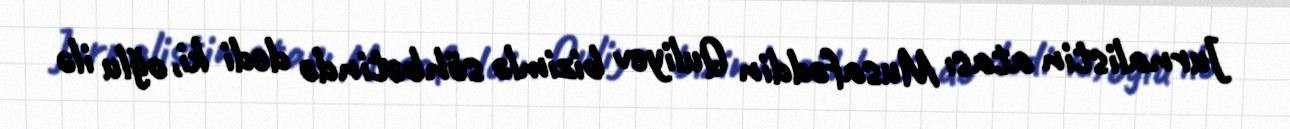
Jurnalistin atası Musafəddin Quliyev bizimlə söhbətində dedi ki, oğlu ilə